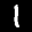
Label: 1